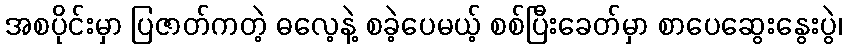
အစပိုင်းမှာ ပြဇာတ်ကတဲ့ ဓလေ့နဲ့ စခဲ့ပေမယ့် စစ်ပြီးခေတ်မှာ စာပေဆွေးနွေးပွဲ၊